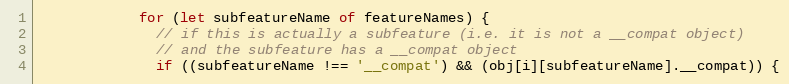
Language: JavaScript
            for (let subfeatureName of featureNames) {
              // if this is actually a subfeature (i.e. it is not a __compat object)
              // and the subfeature has a __compat object
              if ((subfeatureName !== '__compat') && (obj[i][subfeatureName].__compat)) {